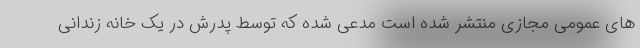
های عمومی مجازی منتشر شده است مدعی شده که توسط پدرش در یک خانه زندانی